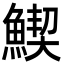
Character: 䱮